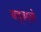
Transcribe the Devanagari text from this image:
बद्सले